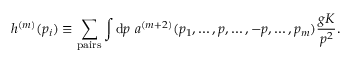
h ^ { ( m ) } ( p _ { i } ) \equiv \sum _ { \mathrm { p a i r s } } \int \mathrm { d } p \ a ^ { ( m + 2 ) } ( p _ { 1 } , \dots , p , \dots , - p , \dots , p _ { m } ) { \frac { g K } { p ^ { 2 } } } .